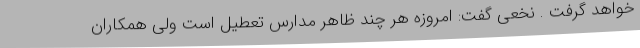
خواهد گرفت . نخعی گفت: امروزه هر چند ظاهر مدارس تعطیل است ولی همکاران